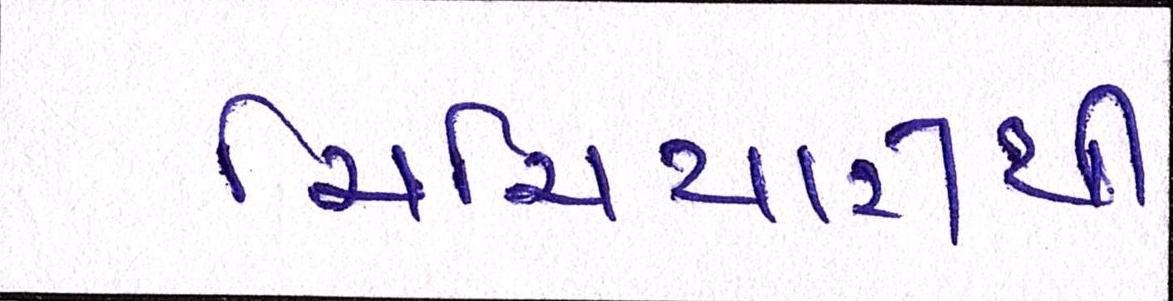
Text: ચિચિયારીથી